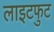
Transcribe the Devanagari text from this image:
लाइटफुट